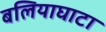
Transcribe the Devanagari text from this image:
बलियाघाटा